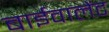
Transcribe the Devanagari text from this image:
बाईवालेंट